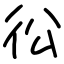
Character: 彸